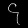
Digit: ၄